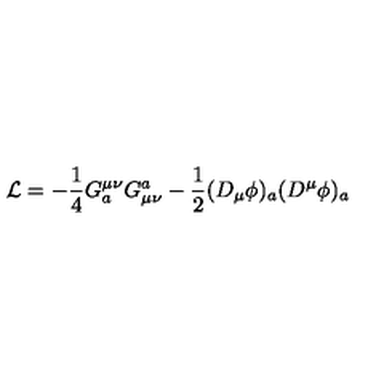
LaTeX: { \cal L } = - { \frac { 1 } { 4 } } G _ { a } ^ { \mu \nu } G _ { \mu \nu } ^ { a } - { \frac { 1 } { 2 } } ( D _ { \mu } \phi ) _ { a } ( D ^ { \mu } \phi ) _ { a }